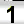
Digit: 1